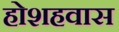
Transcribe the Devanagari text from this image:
होशहवास